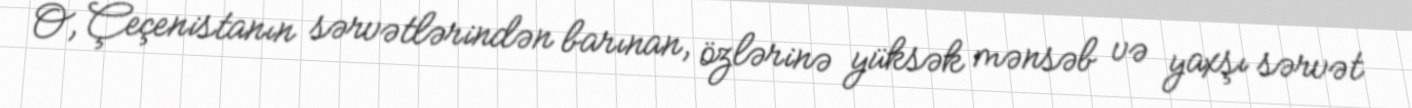
O, Çeçenistanın sərvətlərindən barınan, özlərinə yüksək mənsəb və yaxşı sərvət